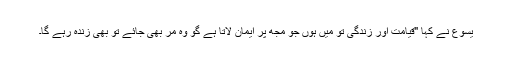
یسوع نے کہا "قیامت اور زندگی تو میں ہوں جو مجھ پر ایمان لاتا ہے گو وہ مر بھی جائے تو بھی زندہ رہے گا۔